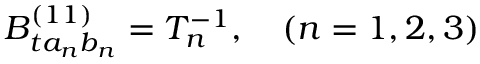
B _ { t a _ { n } b _ { n } } ^ { ( 1 1 ) } = T _ { n } ^ { - 1 } , \ \ \ ( n = 1 , 2 , 3 )